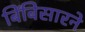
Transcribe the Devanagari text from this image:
बिंबिसारने